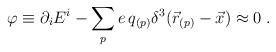
LaTeX: \begin{align*}\varphi\equiv\partial_{i}E^{i}-\sum_{p}e\,q_{(p)}\delta^{3}(\vec{r}_{(p)}-\vec{x})\approx0\;.\end{align*}